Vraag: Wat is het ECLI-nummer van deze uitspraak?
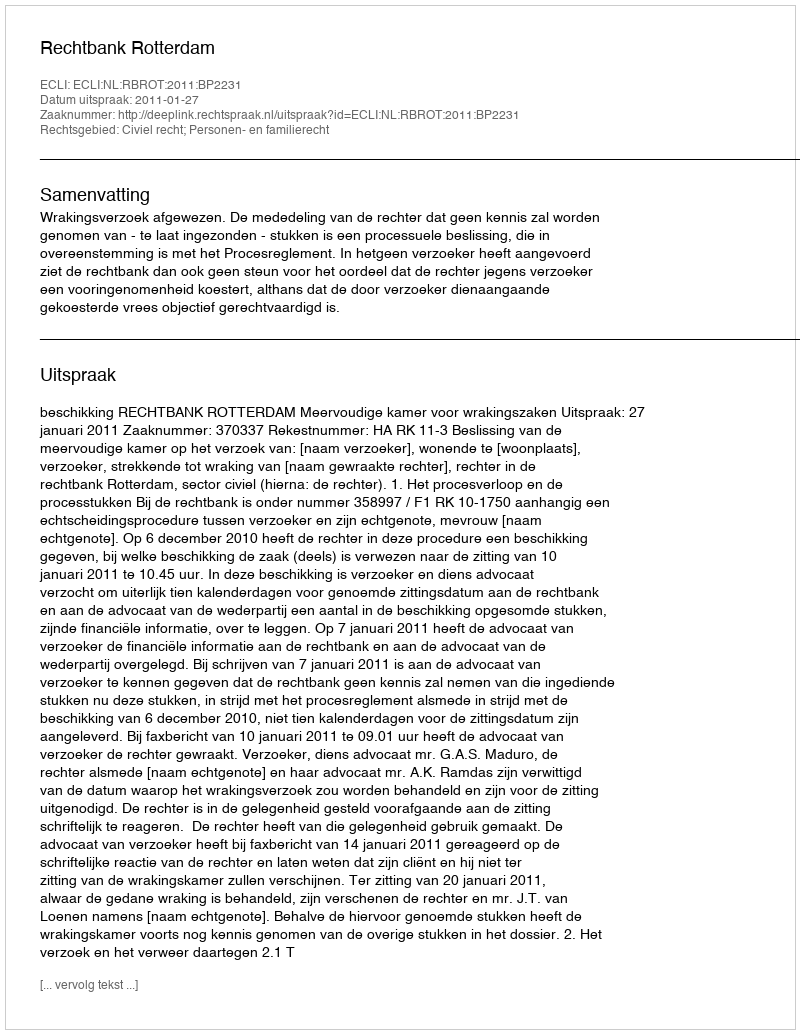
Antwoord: ECLI:NL:RBROT:2011:BP2231